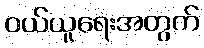
ဝယ်ယူရေးအတွက်